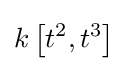
k\left[t^{2},t^{3}\right]